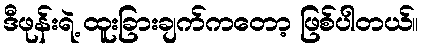
ဒီဖုန်းရဲ့ ထူးခြားချက်ကတော့ ဖြစ်ပါတယ်။